Annual report of the Imperial Bacteriologist
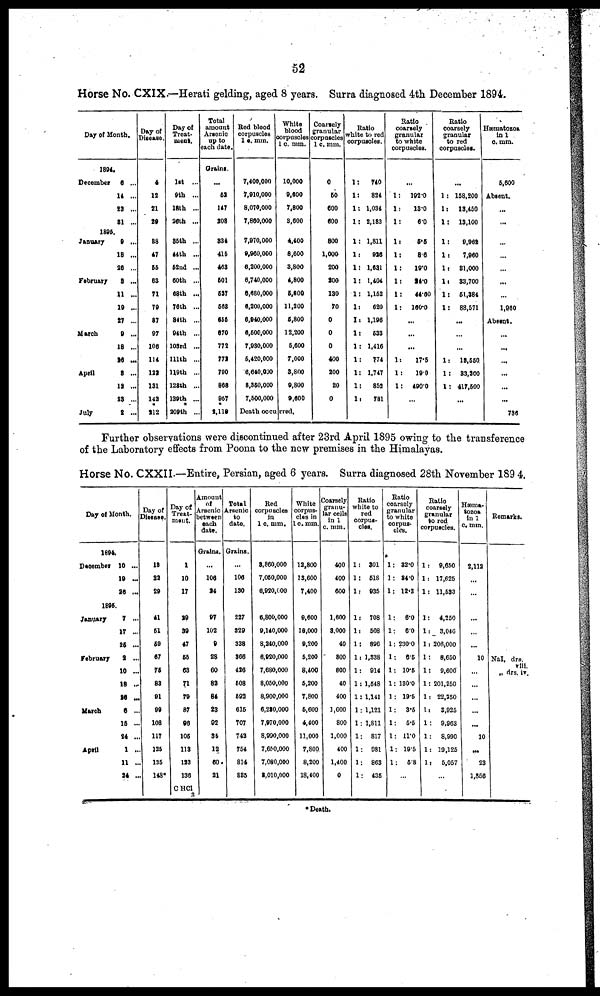
52
Horse No. CXIX.—Herati gelding, aged 8 years. Surra diagnosed 4th December 1894.
Day of Month.
1894.
December 6 ...
14 ...
23 ...
31 ...
1895.
January 9 ...
18 ...
26 ...
February 3 ...
11 ...
19 ...
27 ...
March
9
...
18 ...
26 ...
April
3
...
12 ...
23 ...
July
2
...
Day of
Disease.
4
12
21
29
38
47
55
63
71
79
87
97
106
114
122
131
142
212
Day of
Treat-
ment.
1st ...
9th ...
18th ...
26th ...
35th ...
44th ...
52nd ...
60th ...
68th ...
76th ...
84th ...
94th ...
103rd ...
111th ...
119th ...
128th ...
139th ...
209th ...
Total
amount
Arsenic
up to
each date.
Grains.
...
52
147
208
334
415
463
501
527
568
655
670
772
772
790
868
957
2,119
Red blood
corpuscles
1 c. mm.
7,400,000
7,910,000
8,070,000
7,860,000
7,970,000
9,960,000
6,200,000
6,740,000
6,680,000
6,200,000
6,940,000
6,500,000
7,930,000
5,420,000
6,640,000
8,350,000
7,500,000
Death occurred
White
blood
corpuscles
1 c. mm.
10,000
9,600
7,800
8,600
4,400
8,600
3,800
4,800
5,800
11,200
5,800
12,200
5,600
7,000
3,800
9,800
9,600
Coarsely
granular
corpuscles
1 c. mm.
0
50
600
600
800
1,000
200
200
130
70
0
0
0
400
200
20
0
Ratio
white to red
corpuscles.
1:
740
1:
824
1: 1,034
1: 2,183
1: 1,811
1: 926
1: 1,631
1: 1,404
1: 1,152
1:
620
1: 1,196
1: 533
1: 1,416
1:
774
1: 1,747
1:
852
1:
781
Ratio
coarsely
granular
to white
corpuscles.
...
1: 192.0
1:
13.0
1:
6.0
1:
5.5
1:
8.6
1:
19.0
1:
24.0
1:
44.60
1: 160.0
...
...
...
1:
17.5
1 : 19.0
1: 490.0
...
Ratio
coarsely
granular
to red
corpuscles.
...
1 : 158,200
1: 13,450
1: 13,100
1:
9,962
1:
7,960
1: 81,000
1: 33,700
1: 51,384
1: 88,571
...
...
...
1: 18,550
1: 33,200
1: 417,500
...
Hæmatozoa
in 1
c. mm.
5,600
Absent.
...
...
...
...
...
...
...
1,960
Absent.
...
...
...
...
...
...
736
Further observations were discontinued after 23rd April 1895 owing to the transference
of the Laboratory effects from Poona to the now premises in the Himalayas.
Horse No. CXXII.—Entire, Persian, aged 6 years. Surra diagnosed 28th November 1894.
Day of Month.
1894
December
1895
January
February
March
April
10 ...
19 ...
26 ...
7 ...
17 ...
25 ...
2 ...
10 ...
18 ...
26 ...
6 ...
15 ...
24 ...
1 ...
11 ..
24 ..
Day of
Disease.
18
22
20
41
51
59
67
75
83
91
99
108
117
125
135
148
Day of
Treat-
ment.
1
10
17
29
39
47
55
63
71
79
87
96
106
113
123
136
C HCl 2
Amount
of
Arsenic
between
each
date.
Grains.
...
106
24
97
102
9
28
60
82
84
23
92
35
12
60
21
Total
Arsenic
to
date.
Grains.
...
106
130
227
329
338
366
426
508
592
615
707
742
754
814
885
Red
corpuscles
in
1 c. mm.
3,860,000
7,050,000
6,920,000
6,800,000
9,140,000
8,240,000
6,920,000
7,680,000
8,050,000
8,900,000
6,280,000
7,970,000
8,990,000
7,650,000
7,080,000
8,010,000
White
corpus-
cles in
1 c. mm.
12,800
13,600
7,400
9,600
18,000
9,200
5,200
8,400
5,200
7,800
5,600
4,400
11,000
7,800
8,200
18,400
Coarsely
granu-
lar cells
in 1
c. mm.
400
400
600
1,600
3,000
40
800
800
40
400
1,600
800
1,000
400
1,400
0
Ratio
white to
red
corpus-
cles.
1: 301
1: 518
1: 935
1: 708
1: 508
1: 896
1: 1,338
1: 914
1: 1,548
1: 1,141
1: 1,121
1: 1,811
1: 817
1: 981
1: 863
1: 435
Ratio
coarsely
granular
to white
corpus-
cles.
1: 32.0
1: 34.0
1: 12.3
1: 6.0
1: 6.0
1: 230.0
1: 6.5
1: 10.5
1: 130.0
1: 19.5
1: 3.5
1: 5.5
1: 11.0
1: 19.5
1: 5.8
...
Ratio
coarsely
granular
to red
corpuscles.
1: 9,650
1: 17,625
1: 11,533
1: 4,250
1: 3,046
1: 206,000
1: 8,650
1: 9,600
1: 201,250
1: 22,250
1: 3,925
1 : 9,963
1 : 8,990
1: 19,125
1: 5,057
...
Hæma-
tozoa
in 1
c. mm.
2,112
...
...
...
...
...
10
...
...
...
...
...
10
...
23
1,856
Remarks.
Nal, drs.
viii.
„ drs. iv.
*Death.